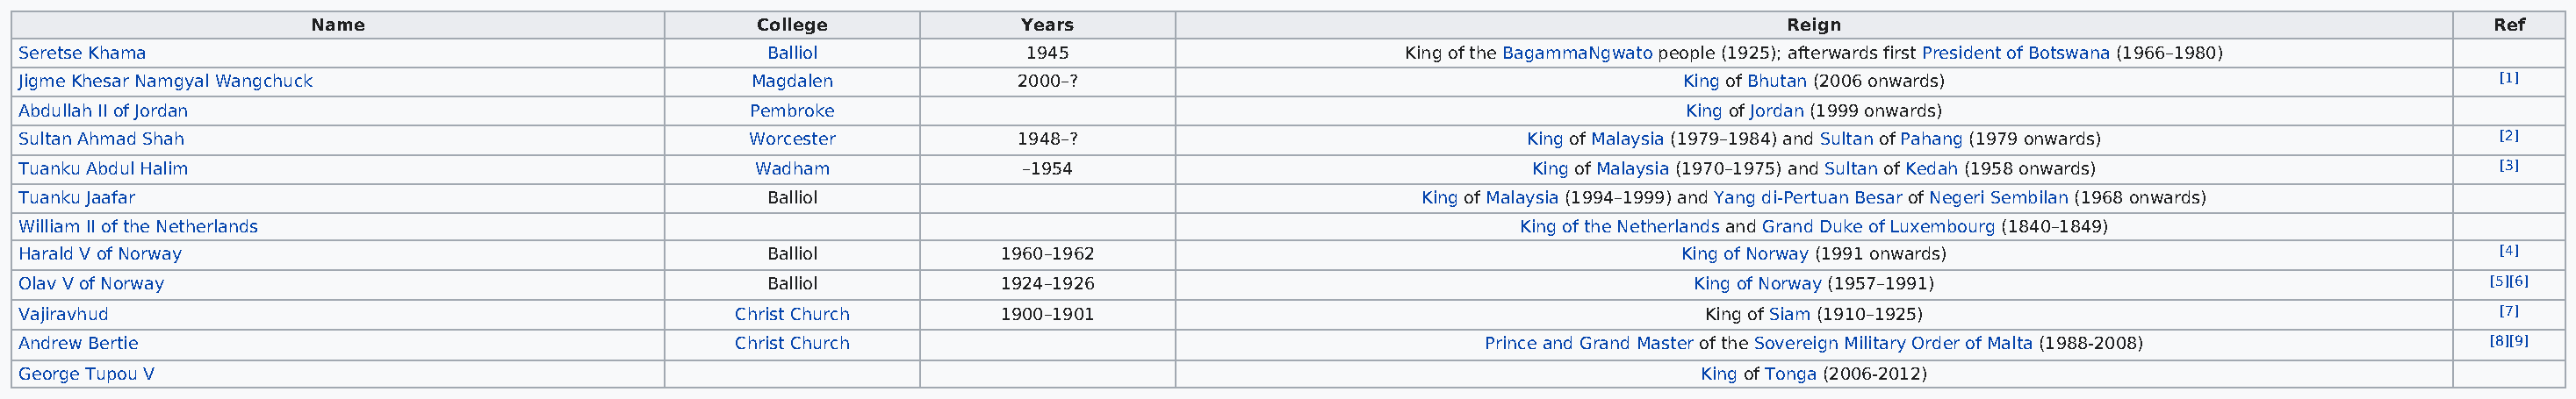
Name                              College             Years                                                     Reign                                                Ref
 Seretse Khama                                            Balliol            1945                         King of the BagammaNgwato people (1925); afterwards first President of Botswana (1966–1980)
 Jigme Khesar Namgyal Wangchuck                          Magdalen            2000–?                                            King of Bhutan (2006 onwards)                                [1]
 Abdullah II of Jordan                                   Pembroke                                                              King of Jordan (1999 onwards)
 Sultan Ahmad Shah                                      Worcester            1948–?                                King of Malaysia (1979–1984) and Sultan of Pahang (1979 onwards)         [2]
 Tuanku Abdul Halim                                      Wadham              –1954                                 King of Malaysia (1970–1975) and Sultan of Kedah (1958 onwards)          [3]
 Tuanku Jaafar                                            Balliol                                          King of Malaysia (1994–1999) and Yang di-Pertuan Besar of Negeri Sembilan (1968 onwards)
 William II of the Netherlands                                                                                     King of the Netherlands and Grand Duke of Luxembourg (1840–1849)
 Harald V of Norway                                       Balliol          1960–1962                                           King of Norway (1991 onwards)                                [4]
 Olav V of Norway                                         Balliol          1924–1926                                            King of Norway (1957–1991)                                  [5][6]
 Vajiravhud                                            Christ Church       1900–1901                                             King of Siam (1910–1925)                                   [7]
 Andrew Bertie                                         Christ Church                                            Prince and Grand Master of the Sovereign Military Order of Malta (1988-2008) [8][9]
 George Tupou V                                                                                                                 King of Tonga (2006-2012)